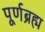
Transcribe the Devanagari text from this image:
पूर्णब्रह्म